Vaccine operations Central Provinces 1900-1911 - 1900-1911
Year: 1900
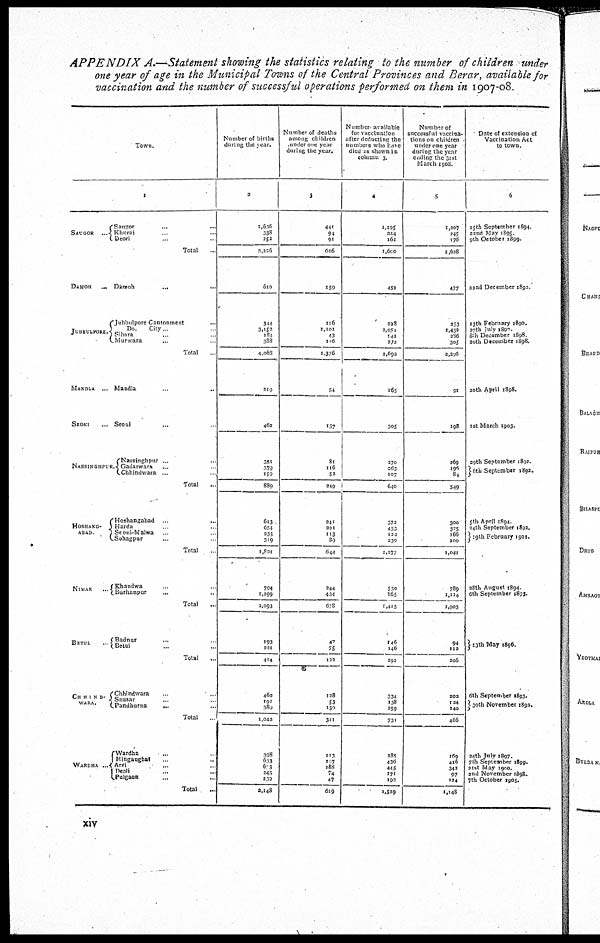
APPENDIX A.—Statement showing the statistics relating to the number of children under
one year of age in the Municipal Towns of the Central Provinces and Berar, available for
vaccination and the number of successful operations performed on them in 1907-08.
Town.
1
SAUGOR
...
Saugor
..
...
Khural ... ...
Deori ... ...
Total ...
DAMOH ...
JUBBULPORE.
Damoh
... ...
Jubbulpore Cantonment ...
Do.
City ...
Sihora ...
Murwara ...
Total ...
MANDLA ...
SEONI
...
NARSINGHPUR.
Mandla ...
Seoni
...
Narsinghpur ... ...
Gadarwara ...
Chhindwara ...
Total ...
HOSHANG¬
ABAD
Hoshangabad ... ...
Harda ...
Seoni-Malwa ...
Sohagpur ...
Total
NIMAR
.
Khaudwa ...
Burhanpur ...
Total ...
BETUL
Badnur ...
Betul ...
Total ...
CH H I N D-
VARA.
Chhindwara ...
Sausar ...
Pandhurna
...
Total ...
WARDHA ...
Wardha ... ...
Hinganghat ...
Arvi ... ...
Deoli ... ...
Pulgaon ... ...
Total ...
Number of births
during the year.
2
1,636
338
252
2,226
610
344
3,152
184
388
4,063
219
462
351
379
159
880
613
654
235
319
1,821
794
1,299
2,093
193
221
414
462
191
389
1,042
398
633
603
245
239
2,148
Number of deaths
among children
under one year
during the year.
3
441
94
91
626
159
116
1,101
43
116
1,376
54
157
81
116
52
249
241
201
113
80
644
244
434
678
47
75
122
128
53
130
311
113
107
188
74
47
619
Number available
for vaccination
after deducting the
numbers who have
died as shown in
column 3.
4
1,105
344
161
1,600
451
228
2,051
141
272
2,692
165
305
270
263
107
640
372
453
122
230
1,177
550
865
1,415
146
146
292
334
138
359
731
285
436
445
171
192
1,529
Number of
successful vaccina¬
tions on children
under one year
during the year
ending the 31st
March 1908
5
1,207
245
176
1,628
477
253
1,452
286
305
2,296
91
198
269
196
84
549
300
375
166
200
1,041
789
1,114
1,903
94
112
206
202
124
140
466
169
416
342
97
124
1,148
Date of extension of
Vaccination Act
to town.
6
15th September 1894.
22nd May 1895
9th Oetober 1899.
22nd December 1892.
13th February 1890.
27th July 1897.
8th December 1898
20th December 1898.
20th April 1898.
1st March 1903.
29th September 1892.
6th September 1892.
5th April 1894
24th September 1892.
19th February 1901.
28th August 1894.
6th September 1895.
13th May 1896.
6th September 1893.
30th November 1892.
24th July 1897.
7th September 1899.
21st May 1900
2nd November 1898.
7th October 1905.
xiv